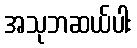
အသုဘဆယ်ပါး